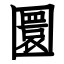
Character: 圜